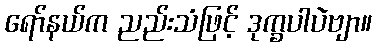
ရော်နယ်က ညည်းသံဖြင့် ဒုက္ခပါပဲဗျာ။